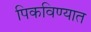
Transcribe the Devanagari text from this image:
पिकविण्यात